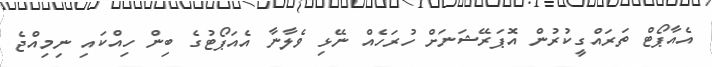
އެއާޕޯޓް ތަރައްގީކުރުން އޮޕަރޭޝަނަށް ހުރަހެއް ނޭޅި ވެލާނާ އެއަޕޯޓުގެ ބިން ހިއްކައި ނިމިއްޖެ